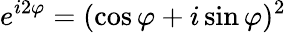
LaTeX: e^{i2\varphi}=(\cos\varphi+i\sin\varphi)^{2}